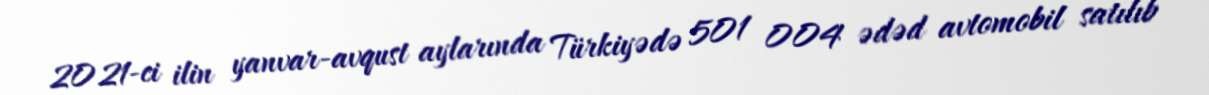
2021-ci ilin yanvar-avqust aylarında Türkiyədə 501 004 ədəd avtomobil satılıb